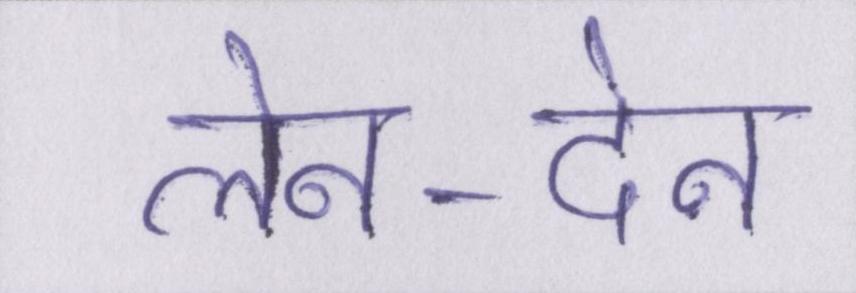
लेन-देन